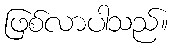
ဖြစ်လာပါသည်။